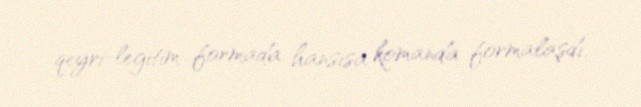
qeyri-legitim formada hansısa komanda formalaşdı.